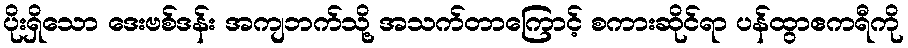
ပိုးရှိသော ဒေးဗစ်ဒန်း အကျဘက်သို့ အသက်တာကြောင့် စကားဆိုင်ရာ ပန်ထွာဧကရီကို